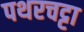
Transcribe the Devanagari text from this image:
पथरचट्टा